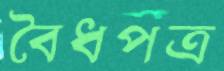
বৈধপত্র